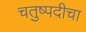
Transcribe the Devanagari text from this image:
चतुष्पदीचा